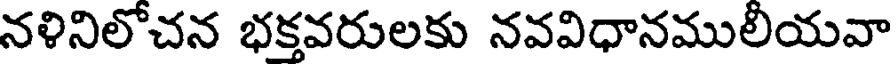
నళినిలోచన భక్తవరులకు నవవిధానములీయవా